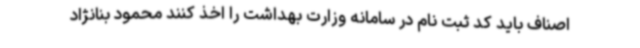
اصناف باید کد ثبت نام در سامانه وزارت بهداشت را اخذ کنند محمود بنانژاد